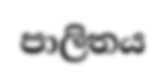
පාලිතය